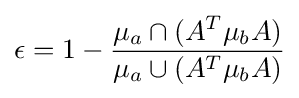
\epsilon =1-{\frac {\mu _{a}\cap (A^{T}\mu _{b}A)}{\mu _{a}\cup (A^{T}\mu _{b}A)}}